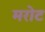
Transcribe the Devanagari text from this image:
मरोट